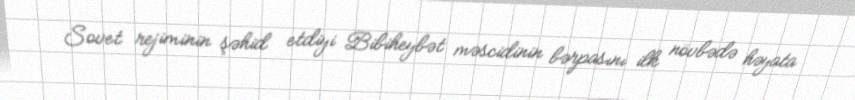
Sovet rejiminin şəhid etdiyi Bibiheybət məscidinin bərpasını ilk növbədə həyata